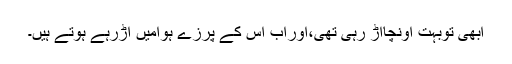
ابھی توبہت اونچااڑ رہی تھی،اوراب اس کے پرزے ہوامیں اڑرہے ہوتے ہیں۔